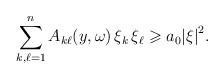
LaTeX: \begin{align*}\sum_{k,\ell=1}^n A_{k\ell}(y,\omega)\, \xi_k \, \xi_\ell \geqslant a_0 {\vert \xi \vert}^2.\end{align*}